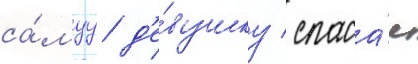
са́муу д'е́вушку / спаса́я